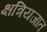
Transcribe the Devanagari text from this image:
क्षत्रियजात